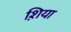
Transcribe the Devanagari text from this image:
श़िया